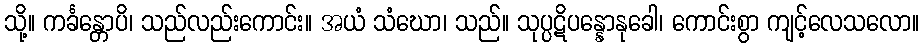
သို့။ ကင်္ခန္တောပိ၊ သည်လည်းကောင်း။ အယံ သံဃော၊ သည်။ သုပ္ပဋိပန္နောနုခေါ၊ ကောင်းစွာ ကျင့်လေသလော။